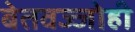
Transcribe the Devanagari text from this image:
बेतवज्जोही